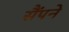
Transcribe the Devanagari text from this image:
सैंपने